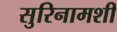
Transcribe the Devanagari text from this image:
सुरिनामशी